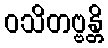
ဝသိတဗ္ဗန္တိ